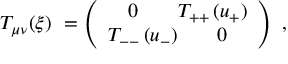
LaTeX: T _ { \mu \nu } ( \xi ) \ = \left( \begin{array} { l l } { { \quad 0 \quad \quad T _ { + + } \, ( u _ { + } ) } } \\ { { T _ { -- } \, ( u _ { - } ) \quad \quad 0 } } \end{array} \right) \ ,